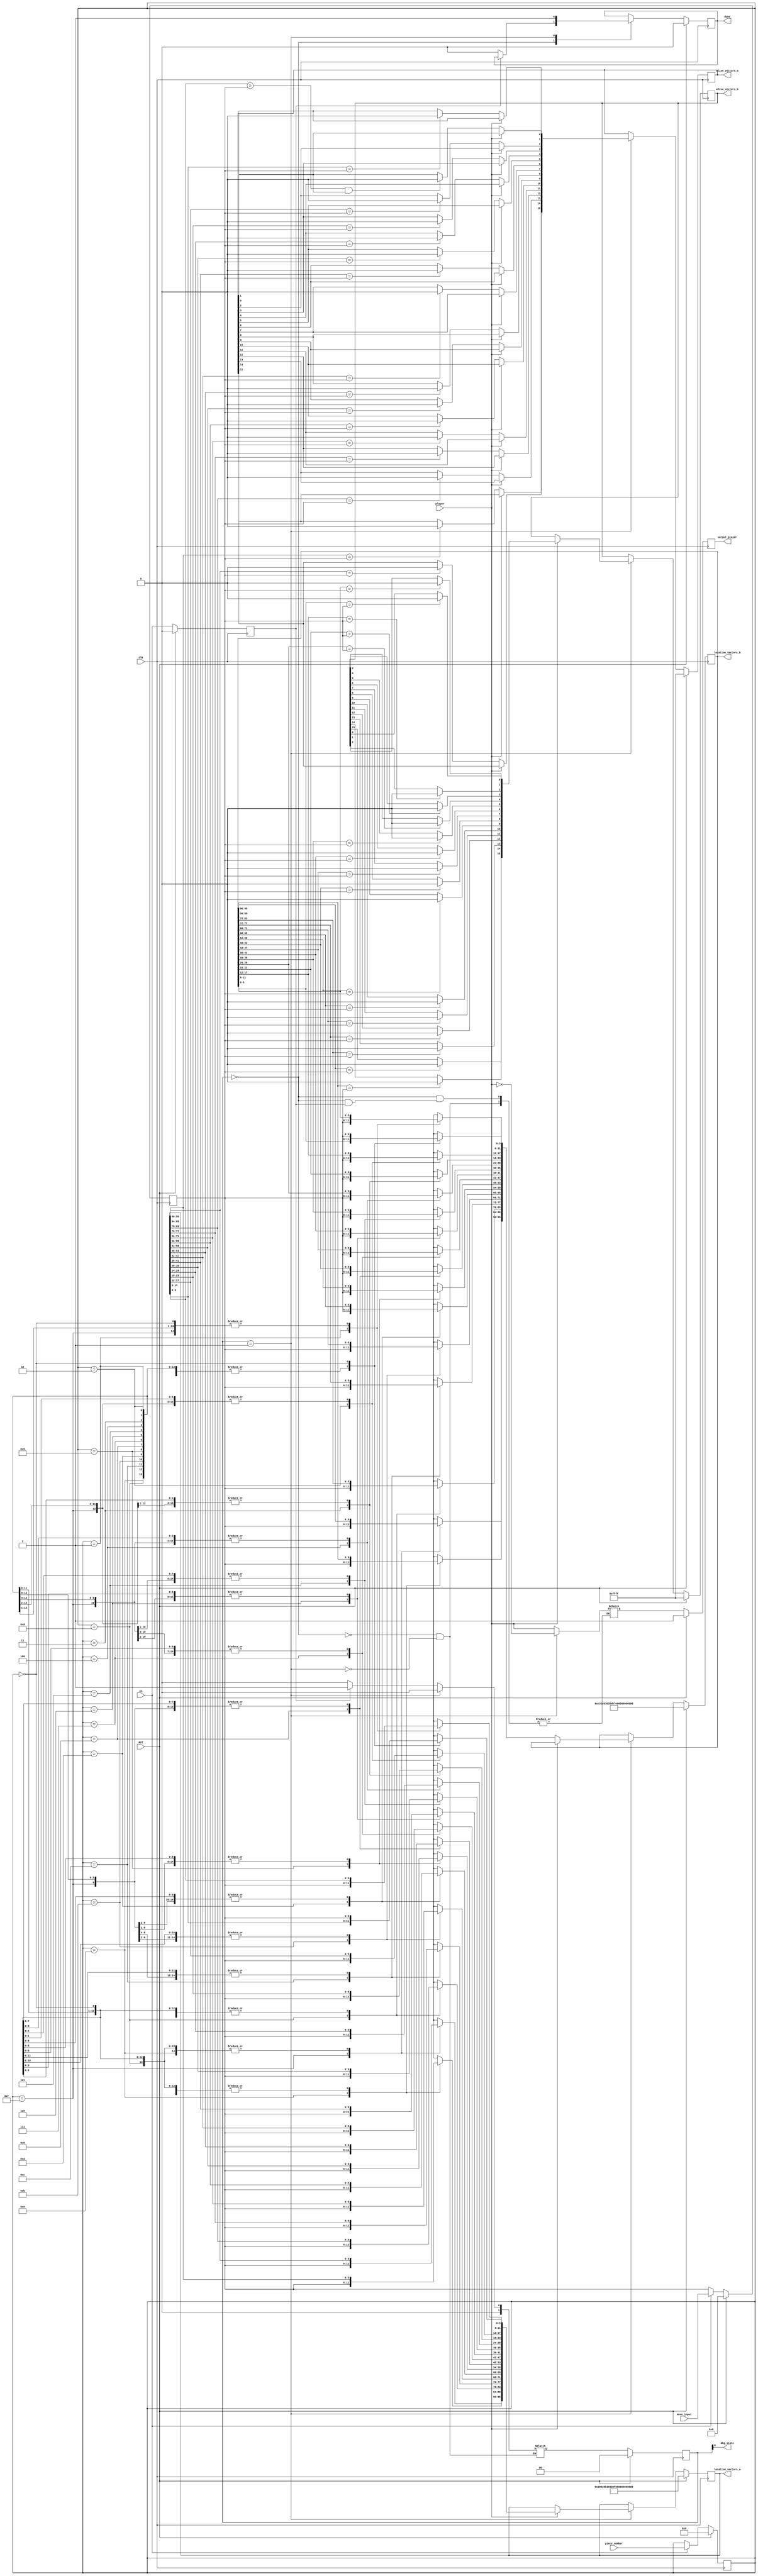
module board_update_v (clk, RST, en, player, move_input, piece_number, location_vectors_w, location_vectors_b, alive_vectors_w, alive_vectors_b, dbg_state, output_player, done);
	input clk;
	input RST;
	input player;
	input en;
	input [5:0] move_input;
	input [3:0] piece_number;
	output [95:0] location_vectors_w;
	output [95:0] location_vectors_b;
	output [15:0] alive_vectors_w;
	output [15:0] alive_vectors_b;
	output dbg_state;
	output output_player;
	output done;
	
	reg [5:0] move_input_q;
	reg [5:0] move_input_d;
	reg [3:0] piece_number_q;
	reg [3:0] piece_number_d;
	reg en_q;
	reg en_d;
	reg done_d;
	reg done_q;
	
	reg [95:0] location_vectors_w_d;
	reg [95:0] location_vectors_w_q;
	reg [15:0] alive_vectors_w_d;
	reg [15:0] alive_vectors_w_q;
	reg [95:0] location_vectors_b_d;
	reg [95:0] location_vectors_b_q;
	reg [15:0] alive_vectors_b_d;
	reg [15:0] alive_vectors_b_q;
	reg output_player_q;
	reg output_player_d;
	
	reg [1:0] state_d;
	reg [1:0] state_q;
	
	reg [3:0] counter_locations;
	
	parameter RESET   			= 1'b0;
	parameter UPDATE 			= 1'b1;
	
	parameter BLACK = 1'b0;
	parameter WHITE = 1'b1;
	
	parameter P1 = 4'b1111;
	parameter P2 = 4'b1110;
	parameter P3 = 4'b1101;
	parameter P4 = 4'b1100;
	parameter P5 = 4'b1011;
	parameter P6 = 4'b1010;
	parameter P7 = 4'b1001;
	parameter P8 = 4'b1000;
	parameter R1 = 4'b0111;
	parameter R2 = 4'b0110;
	parameter N1 = 4'b0101;
	parameter N2 = 4'b0100;
	parameter B1 = 4'b0011;
	parameter B2 = 4'b0010;
	parameter Q1 = 4'b0001;
	parameter K1 = 4'b0000;
	parameter INITIALIZE_LOCATIONS_WHITE = 96'h20928B30D38F0070460850C4; //P1P2P3P4P5P6P7P8R1R2N1N2B1B2Q1K1
	parameter INITIALIZE_LOCATIONS_BLACK = 96'hC31CB3D35DB7E3FE7EEBDEFC; //P1P2P3P4P5P6P7P8R1R2N1N2B1B2Q1K1
	
	
	assign alive_vectors_w = alive_vectors_w_q;
	assign location_vectors_w = location_vectors_w_q;
	assign output_player = output_player_q;
	assign alive_vectors_b = alive_vectors_b_q;
	assign location_vectors_b = location_vectors_b_q;
	assign dbg_state = state_q;
	assign done = done_q;

	
	always @(*) begin
		location_vectors_w_d = location_vectors_w_q;
		location_vectors_b_d = location_vectors_b_q;
		alive_vectors_w_d = alive_vectors_w_q;
		alive_vectors_b_d = alive_vectors_b_q;
		en_d = en_q;
		move_input_d = move_input_q;
		done_d = done_q;
		piece_number_d = piece_number_q;
		case (state_q)
			RESET : begin
				if (en_q) begin
					state_d = UPDATE;
				end
				else begin
					state_d = RESET;
					output_player_d = player;
					done_d = 0;
					counter_locations = P1;
				end
			end
			UPDATE : begin
				if (player == BLACK) begin
					case (piece_number_q)
					P1: begin
						location_vectors_b_d[(P1*6+5):(P1*6)] = move_input_q;
					end
					P2: begin
						location_vectors_b_d[(P2*6+5):(P2*6)] = move_input_q;
					end
					P3: begin
						location_vectors_b_d[(P3*6+5):(P3*6)] = move_input_q;
					end	
					P4: begin
						location_vectors_b_d[(P4*6+5):(P4*6)] = move_input_q;
					end
					P5: begin
						location_vectors_b_d[(P5*6+5):(P5*6)] = move_input_q;
					end
					P6: begin	
						location_vectors_b_d[(P6*6+5):(P6*6)] = move_input_q;
					end
					P7: begin
						location_vectors_b_d[(P7*6+5):(P7*6)] = move_input_q;
					end
					P8: begin
						location_vectors_b_d[(P8*6+5):(P8*6)] = move_input_q;
					end
					R1: begin
						location_vectors_b_d[(R1*6+5):(R1*6)] = move_input_q;
					end
					R2: begin
						location_vectors_b_d[(R2*6+5):(R2*6)] = move_input_q;
					end
					N1: begin
						location_vectors_b_d[(N1*6+5):(N1*6)] = move_input_q;
					end
					N2: begin
						location_vectors_b_d[(N2*6+5):(N2*6)] = move_input_q;
					end
					B1: begin
						location_vectors_b_d[(B1*6+5):(B1*6)] = move_input_q;
					end
					B2: begin
						location_vectors_b_d[(B2*6+5):(B2*6)] = move_input_q;
					end
					Q1: begin
						location_vectors_b_d[(Q1*6+5):(Q1*6)] = move_input_q;
					end
					K1: begin
						location_vectors_b_d[(K1*6+5):(K1*6)] = move_input_q;
					end 
					endcase
					if (location_vectors_w_q[(P1*6+5):(P1*6)] == move_input_q) begin
						alive_vectors_w_d[P1] = 1'b0;
					end
					if (location_vectors_w_q[(P2*6+5):(P2*6)] == move_input_q) begin
						alive_vectors_w_d[P2] = 1'b0;
					end
					if (location_vectors_w_q[(P3*6+5):(P3*6)] == move_input_q) begin
						alive_vectors_w_d[P3] = 1'b0;
					end
					if (location_vectors_w_q[(P4*6+5):(P4*6)] == move_input_q) begin
						alive_vectors_w_d[P4] = 1'b0;
					end
					if (location_vectors_w_q[(P5*6+5):(P5*6)] == move_input_q) begin
						alive_vectors_w_d[P5] = 1'b0;
					end	
					if (location_vectors_w_q[(P6*6+5):(P6*6)] == move_input_q) begin
						alive_vectors_w_d[P6] = 1'b0;
					end
					if (location_vectors_w_q[(P7*6+5):(P7*6)] == move_input_q) begin
						alive_vectors_w_d[P7] = 1'b0;
					end
					if (location_vectors_w_q[(P8*6+5):(P8*6)] == move_input_q) begin
						alive_vectors_w_d[P8] = 1'b0;
					end
					if (location_vectors_w_q[(R1*6+5):(R1*6)] == move_input_q) begin
						alive_vectors_w_d[R1] = 1'b0;
					end
					if (location_vectors_w_q[(R2*6+5):(R2*6)] == move_input_q) begin
						alive_vectors_w_d[R2] = 1'b0;
					end
					if (location_vectors_w_q[(N1*6+5):(N1*6)] == move_input_q) begin
							alive_vectors_w_d[N1] = 1'b0;
					end
					if (location_vectors_w_q[(N2*6+5):(N2*6)] == move_input_q) begin
						alive_vectors_w_d[N2] = 1'b0;
					end
					if (location_vectors_w_q[(B1*6+5):(B1*6)] == move_input_q) begin
						alive_vectors_w_d[B1] = 1'b0;
					end
					if (location_vectors_w_q[(B2*6+5):(B2*6)] == move_input_q) begin
						alive_vectors_w_d[B2] = 1'b0;
					end
					if (location_vectors_w_q[(Q1*6+5):(Q1*6)] == move_input_q && alive_vectors_w_q[Q1] == 1'b1) begin
						alive_vectors_w_d[Q1] = 1'b0;
					end 
					if (location_vectors_w_q[(K1*6+5):(K1*6)] == move_input_q) begin
							alive_vectors_w_d[K1] = 1'b0;
					end
					output_player_d = ~player;
					done_d = 1;
					state_d = RESET;
				end
				else if (player == WHITE) begin
					case (piece_number_q)
					P1: begin
						location_vectors_w_d[(P1*6+5):(P1*6)] = move_input_q;
					end
					P2: begin
						location_vectors_w_d[(P2*6+5):(P2*6)] = move_input_q;
					end
					P3: begin
						location_vectors_w_d[(P3*6+5):(P3*6)] = move_input_q;
					end	
					P4: begin
						location_vectors_w_d[(P4*6+5):(P4*6)] = move_input_q;
					end
					P5: begin
						location_vectors_w_d[(P5*6+5):(P5*6)] = move_input_q;
					end
					P6: begin	
						location_vectors_w_d[(P6*6+5):(P6*6)] = move_input_q;
					end
					P7: begin
						location_vectors_w_d[(P7*6+5):(P7*6)] = move_input_q;
					end
					P8: begin
						location_vectors_w_d[(P8*6+5):(P8*6)] = move_input_q;
					end
					R1: begin
						location_vectors_w_d[(R1*6+5):(R1*6)] = move_input_q;
					end
					R2: begin
						location_vectors_w_d[(R2*6+5):(R2*6)] = move_input_q;
					end
					N1: begin
						location_vectors_w_d[(N1*6+5):(N1*6)] = move_input_q;
					end
					N2: begin
						location_vectors_w_d[(N2*6+5):(N2*6)] = move_input_q;
					end
					B1: begin
						location_vectors_w_d[(B1*6+5):(B1*6)] = move_input_q;
					end
					B2: begin
						location_vectors_w_d[(B2*6+5):(B2*6)] = move_input_q;
					end
					Q1: begin
						location_vectors_w_d[(Q1*6+5):(Q1*6)] = move_input_q;
					end
					K1: begin
						location_vectors_w_d[(K1*6+5):(K1*6)] = move_input_q;
					end 
					endcase
				
						if (location_vectors_b_q[(P1*6+5):(P1*6)] == move_input_q) begin
							alive_vectors_b_d[P1] = 1'b0;
						end
						if (location_vectors_b_q[(P2*6+5):(P2*6)] == move_input_q) begin
							alive_vectors_b_d[P2] = 1'b0;
						end
						
						if (location_vectors_b_q[(P3*6+5):(P3*6)] == move_input_q) begin
							alive_vectors_b_d[P3] = 1'b0;
						end
						
					
						if (location_vectors_b_q[(P4*6+5):(P4*6)] == move_input_q) begin
							alive_vectors_b_d[P4] = 1'b0;
						end
						
					
						if (location_vectors_b_q[(P5*6+5):(P5*6)] == move_input_q) begin
							alive_vectors_b_d[P5] = 1'b0;
						end
					
						if (location_vectors_b_q[(P6*6+5):(P6*6)] == move_input_q) begin
							alive_vectors_b_d[P6] = 1'b0;
						end
						
					
						if (location_vectors_b_q[(P7*6+5):(P7*6)] == move_input_q) begin
							alive_vectors_b_d[P7] = 1'b0;
						end
						
					
						if (location_vectors_b_q[(P8*6+5):(P8*6)] == move_input_q) begin
							alive_vectors_b_d[P8] = 1'b0;
						end
						
					
						if (location_vectors_b_q[(R1*6+5):(R1*6)] == move_input_q) begin
							alive_vectors_b_d[R1] = 1'b0;
						end
						
					
						if (location_vectors_b_q[(R2*6+5):(R2*6)] == move_input_q) begin
							alive_vectors_b_d[R2] = 1'b0;
						end		
						if (location_vectors_b_q[(N1*6+5):(N1*6)] == move_input_q) begin
							alive_vectors_b_d[N1] = 1'b0;
						end
					
					
						if (location_vectors_b_q[(N2*6+5):(N2*6)] == move_input_q) begin
							alive_vectors_b_d[N2] = 1'b0;
						end
					
						if (location_vectors_b_q[(B1*6+5):(B1*6)] == move_input_q) begin
							alive_vectors_b_d[B1] = 1'b0;
						end
					
					
						if (location_vectors_b_q[(B2*6+5):(B2*6)] == move_input_q) begin
							alive_vectors_b_d[B2] = 1'b0;
						end
						
					
						if (location_vectors_b_q[(Q1*6+5):(Q1*6)] == move_input_q) begin
							alive_vectors_b_d[Q1] = 1'b0;
						end 
					
					
						if (location_vectors_b_q[(K1*6+5):(K1*6)] == move_input_q) begin
							alive_vectors_b_d[K1] = 1'b0;
						end
						output_player_d = ~player;
						done_d = 1;
						state_d = RESET;
				end
			end
		endcase
	end
	
	always @(posedge clk) begin
		if (RST) begin
			state_q <= RESET;
			done_q <= 0;
			location_vectors_w_q <= INITIALIZE_LOCATIONS_WHITE;
			location_vectors_b_q <= INITIALIZE_LOCATIONS_BLACK;
			alive_vectors_w_q <= 16'b1111111111111111;
			alive_vectors_b_q <= 16'b1111111111111111;
			piece_number_q <= K1;
			move_input_q <= 0;
			en_q <= 0;
			output_player_q <= WHITE;
		end
		else begin
			location_vectors_w_q <= location_vectors_w_d;
			done_q <= done_d;
			location_vectors_b_q <= location_vectors_b_d;
			alive_vectors_w_q <= alive_vectors_w_d;
			alive_vectors_b_q <= alive_vectors_b_d;
			output_player_q <= output_player_d;
			state_q <= state_d;
			en_q <= en;
			if (en) begin
				move_input_q <= move_input;
				piece_number_q <= piece_number;
			end			
		end
	end
endmodule